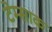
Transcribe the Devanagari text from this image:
टेम्साक